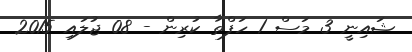
ޝައިނީ 3 މަސް 1 ހަފްތާ ކުރިން - 08 ޖުލައި 2015